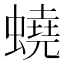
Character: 蟯